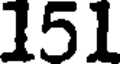
151